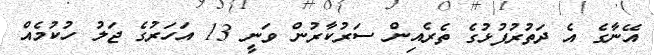
އޭނާގެ އެ ދަތުރުފުޅުގެ ތެރެއިން ސަރުކާރުން ވަނީ 13 އަހަރުގެ ޖަލު ހުކުމެއް